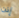
إذن